Report on vaccination in the Province of Bengal - 1869-1873
Year: 1869
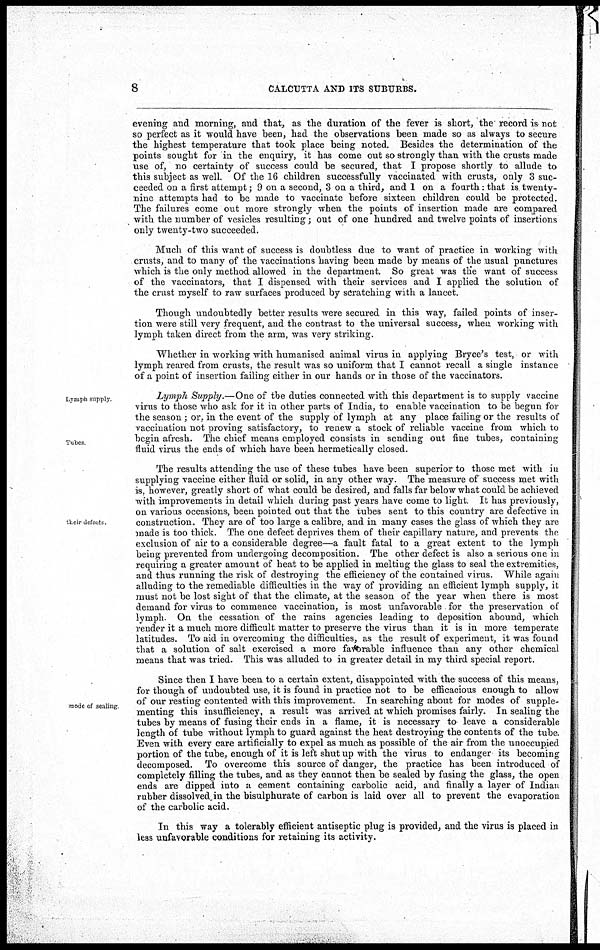
8
CALCUTTA AND ITS SUBURBS.
evening and morning, and that, as the duration of the fever is short, the record is not
so perfect as it would have been, had the observations been made so as always to secure
the highest temperature that took place being noted. Besides the determination of the
points sought for in the enquiry, it has come out so strongly than with the crusts made
use of, no certainty of success could be secured, that I propose shortly to allude to
this subject as well. Of the 16 children successfully vaccinated with crusts, only 3 suc-
ceeded on a first attempt; 9 on a second, 3 on a third, and 1 on a fourth: that is twenty-
nine attempts had to be made to vaccinate before sixteen children could be protected.
The failures come out more strongly when the points of insertion made are compared
with the number of vesicles resulting; out of one hundred and twelve points of insertions
only twenty-two succeeded.
Much of this want of success is doubtless due to want of practice in working with
crusts, and to many of the vaccinations having been made by means of the usual punctures
which is the only method allowed in the department. So great was the want of success
of the vaccinators, that I dispensed with their services and I applied the solution of
the crust myself to raw surfaces produced by scratching with a lancet.
Though undoubtedly better results were secured in this way, failed points of inser-
tion were still very frequent, and the contrast to the universal success, when working with
lymph taken direct from the arm, was very striking.
Whether in working with humanised animal virus in applying Bryce's test, or with
lymph reared from crusts, the result was so uniform that I cannot recall a single instance
of a point of insertion failing either in our hands or in those of the vaccinators.
Lymph supply.
Tubes
Lymph Supply.—One of the duties connected with this department is to supply vaccine
virus to those who ask for it in other parts of India, to enable vaccination to be begun for
the season; or, in the event of the supply of lymph at any place failing or the results of
vaccination not proving satisfactory, to renew a stock of reliable vaccine from which to
begin afresh. The chief means employed consists in sending out fine tubes, containing
fluid virus the ends of which have been hermetically closed.
their defects
The results attending the use of these tubes have been superior to those met with in
supplying vaccine either fluid or solid, in any other way. The measure of success met with
is, however, greatly short of what could be desired, and falls far below what could be achieved
with improvements in detail which during past years have come to light. It has previously,
on various occasions, been pointed out that the tubes sent to this country are defective in
construction. They are of too large a calibre, and in many cases the glass of which they are
made is too thick. The one defect deprives them of their capillary nature, and prevents the
exclusion of air to a considerable degree—a fault fatal to a great extent to the lymph
being prevented from undergoing decomposition. The other defect is also a serious one in
requiring a greater amount of heat to be applied in melting the glass to seal the extremities,
and thus running the risk of destroying the efficiency of the contained virus. While again
alluding to the remediable difficulties in the way of providing an efficient lymph supply, it
must not be lost sight of that the climate, at the season of the year when there is most
demand for virus to commence vaccination, is most unfavorable for the preservation of
lymph. On the cessation of the rains agencies leading to deposition abound, which
render it a much more difficult matter to preserve the virus than it is in more temperate
latitudes. To aid in overcoming the difficulties, as the result of experiment, it was found
that a solution of salt exercised a more favorable influence than any other chemical
means that was tried. This was alluded to in greater detail in my third special report.
mode of sealing
Since then I have been to a certain extent, disappointed with the success of this means,
for though of undoubted use, it is found in practice not to be efficacious enough to allow
of our resting contented with this improvement. In searching about for modes of supple-
menting this insufficiency, a result was arrived at which promises fairly. In sealing the
tubes by means of fusing their ends in a flame, it is necessary to leave a considerable
length of tube without lymph to guard against the heat destroying the contents of the tube.
Even with every care artificially to expel as much as possible of the air from the unoccupied
portion of the tube, enough of it is left shut up with the virus to endanger its becoming
decomposed. To overcome this source of danger, the practice has been introduced of
completely filling the tubes, and as they cannot then be sealed by fusing the glass, the open
ends are dipped into a cement containing carbolic acid, and finally a layer of Indian
rubber dissolved in the bisulphurate of carbon is laid over all to prevent the evaporation
of the carbolic acid.
In this way a tolerably efficient antiseptic plug is provided, and the virus is placed in
less unfavorable conditions for retaining its activity.